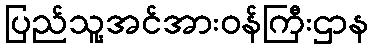
ပြည်သူ့အင်အားဝန်ကြီးဌာန